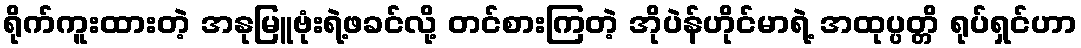
ရိုက်ကူးထားတဲ့ အနုမြူဗုံးရဲ့ဖခင်လို့ တင်စားကြတဲ့ အိုပဲန်ဟိုင်မာရဲ့ အထုပ္ပတ္တိ ရုပ်ရှင်ဟာ